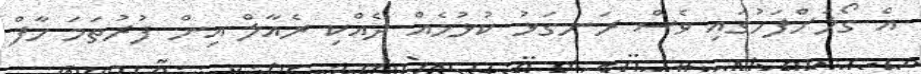
އެ ގޯލަށްފަހުގައި ވެސް ރަނގަޅު ކުޅުމެއް ދެއްކި ރެއާލް އިން ފުރުތަމަ ހާފް